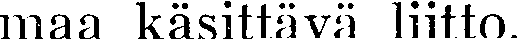
maa käsittävä liitto.